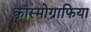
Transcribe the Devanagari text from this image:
कास्मोग्राफिया